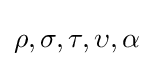
\rho ,\sigma ,\tau ,\upsilon ,\alpha